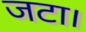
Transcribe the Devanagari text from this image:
जटा।